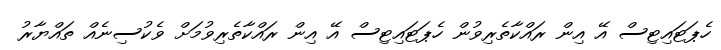
ހެޕަޓައިޓިސް އޭ އިން ރައްކާތެރިވުން ހެޕަޓައިޓިސް އޭ އިން ރައްކާތެރިވުމަށް ވެކުސިނެއް ތައްޔާރު